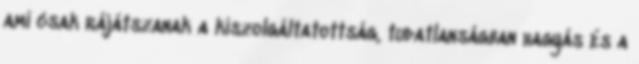
ami csak rájátszanak a kiszolgáltatottság, tudatlanságban hagyás és a